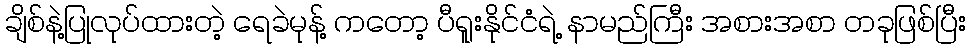
ချိစ်နဲ့ပြုလုပ်ထားတဲ့ ရေခဲမုန့် ကတော့ ပီရူးနိုင်ငံရဲ့ နာမည်ကြီး အစားအစာ တခုဖြစ်ပြီး